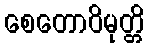
စေတောဝိမုတ္တိ